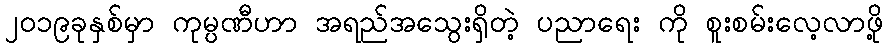
၂၀၁၉ခုနှစ်မှာ ကုမ္ပဏီဟာ အရည်အသွေးရှိတဲ့ ပညာရေး ကို စူးစမ်းလေ့လာဖို့